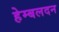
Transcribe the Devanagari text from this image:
हेम्बलदन